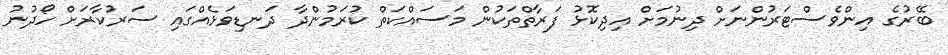
ބޭރުގެ އިންވެސްޓަރުންނަށް ދިނުމަށް އިދިކޮޅު ފަރާތްތަކުން މަސައްކަތް ކުރަމުންދާ ދަނޑިވަޅެއްގައި ސަރުކާރަށް ހޯދުނު